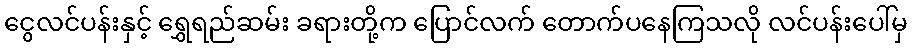
ငွေလင်ပန်းနှင့် ရွှေရည်ဆမ်း ခရားတို့က ပြောင်လက် တောက်ပနေကြသလို လင်ပန်းပေါ်မှ